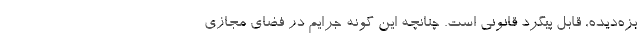
بزه‌دیده, قابل‌ پیگرد قانونی است. چنانچه این گونه جرایم در فضای مجازی